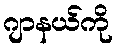
ဂျာနယ်ကို